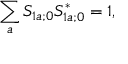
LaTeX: \sum _ { a } S _ { 1 a ; 0 } S _ { 1 a ; 0 } ^ { * } = 1 ,